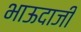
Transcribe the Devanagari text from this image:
भाऊदाजी